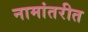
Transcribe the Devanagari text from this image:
नामांतरीत